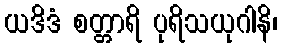
ယဒိဒံ စတ္တာရိ ပုရိသယုဂါနိ၊